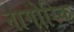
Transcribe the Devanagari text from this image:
नागोरिक